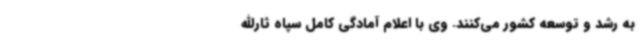
به رشد و توسعه کشور می‌کنند. وی با اعلام آمادگی کامل سپاه ثارالله